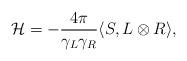
LaTeX: \begin{align*}{\cal H}=-{4\pi\over \gamma_L\gamma_R}\langle S,L\otimes R\rangle,\end{align*}